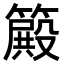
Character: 𥴫